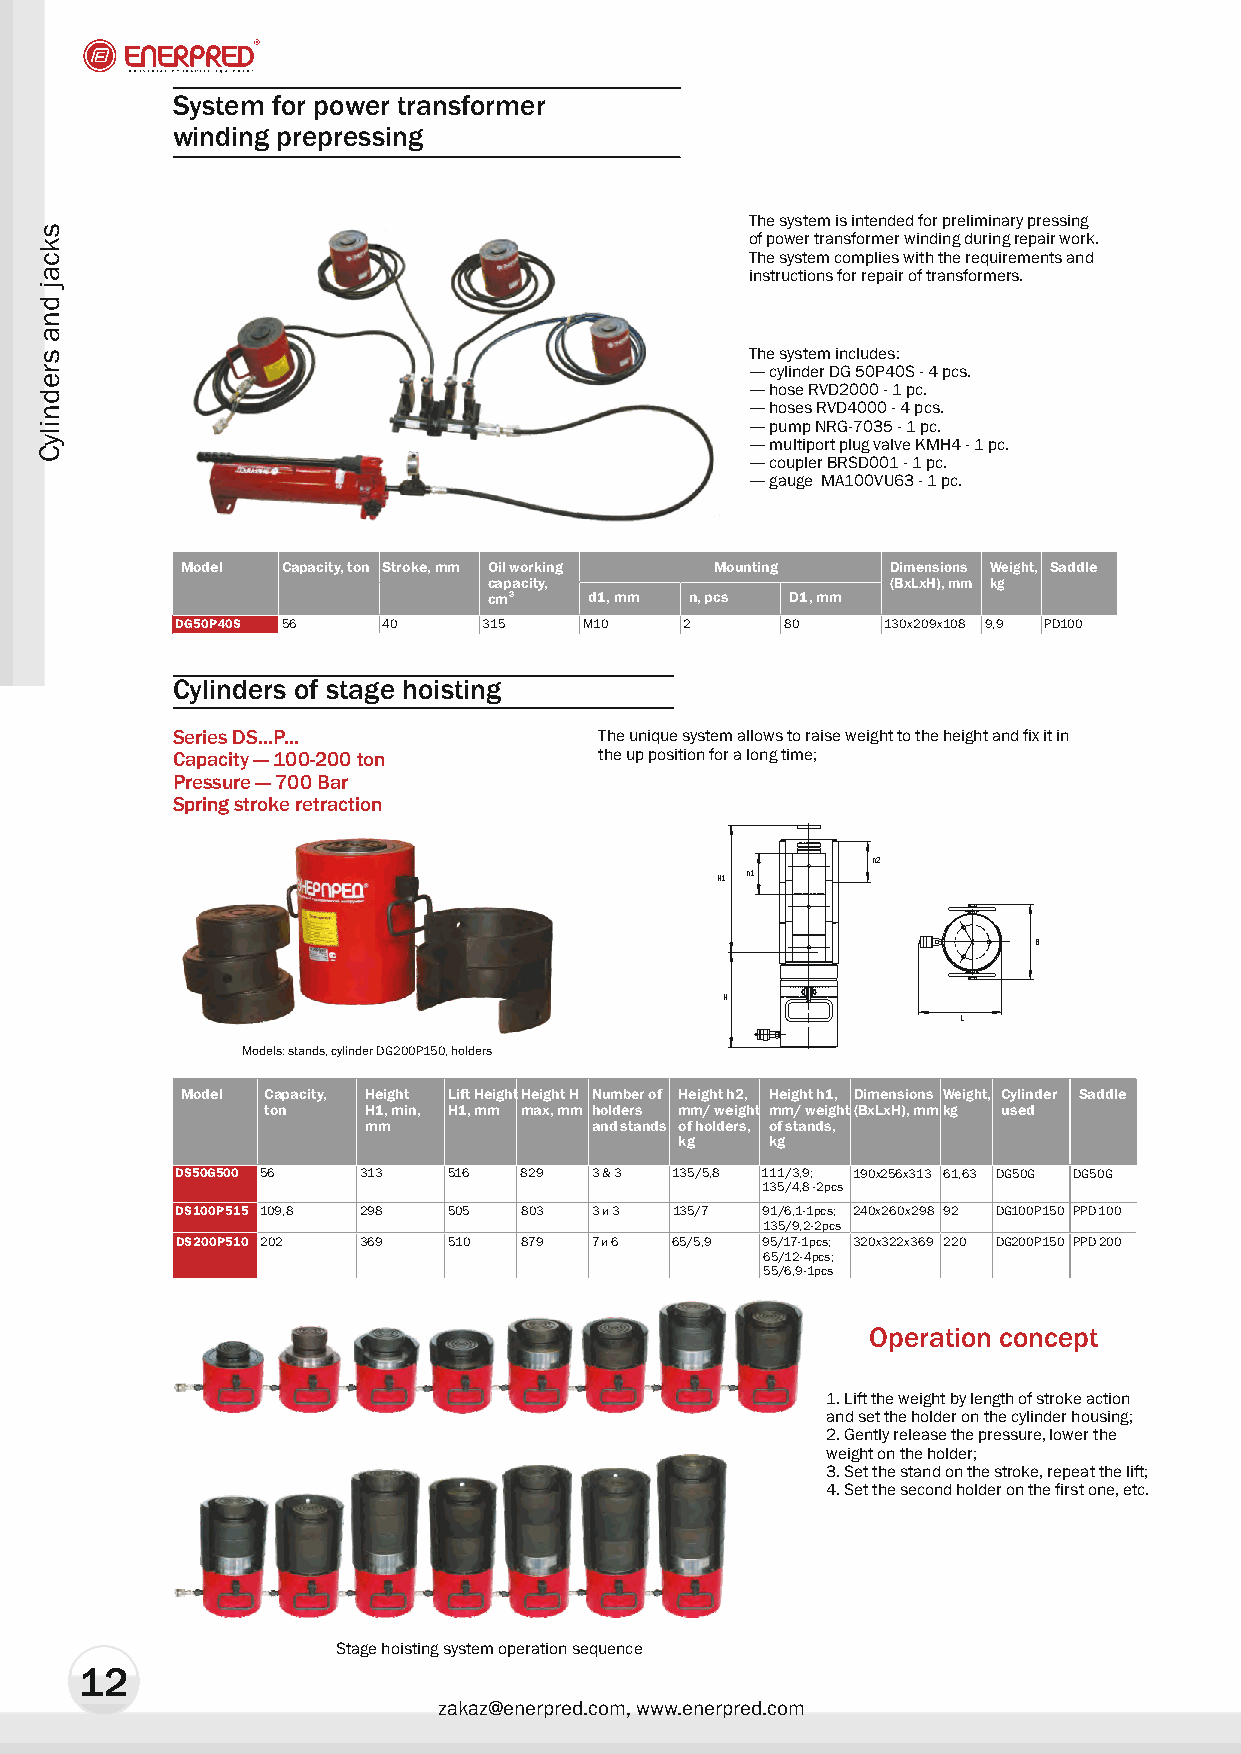
System for power transformer
 winding prepressing
 The system is intended for preliminary pressing
 of power transformer winding during repair work.
 The system complies with the requirements and
 instructions for repair of transformers.
 The system includes:
 — cylinder DG 50P40S - 4 pcs.
 — hose RVD2000 - 1 pc.
 — hoses RVD4000 - 4 pcs.
 — pump NRG-7035 - 1 pc.
 — multiport plug valve KMH4 - 1 pc.
 — coupler BRSD001 - 1 pc.
 — gauge ÌÀ100VU63 - 1 pc.
 Model  Capacity, ton Stroke, mm Oil work ing Mounting Dimensions Weight , Sadd le
 cap acity,                 (BxLxH), mm kg
 cm 3   d1, mm n, pcs D1, mm
 DG50P40S 56  40     315    Ì10   2      80     130õ209õ108 9,9 PD100
 Cylinders of stage hoisting
 Series DS...P...             The unique system allows to raise weight to the height and fix it in
 Capacity — 100-200 ton       the up position for a long time;
 Pressure — 700 Bar
 Spring stroke retraction
 h2
 H1 h1
 B
 H
 L
 Models: stands, cylinder DG200P150, holders
 Model Capacity, Height Lift Height Height Í Number of Height h2, Height h1, Dimensions Weight, Cylinder Saddl e
 ton    H1, min, H1, mm max, mm holders mm/ weight mm/ weight(BõLõH), mmkg used
 mm             and stands of holders, îf stands,
 kg    kg
 DS50G500 56 313   516 829  3 & 3 135/5,8 111/3,9; 190x256x313 61,63 DG50G DG50G
 135/4,8 -2pcs
 DS100P515 109,8 298 505 803 3 è 3 135/7 91/6,1-1pcs; 240õ260õ298 92 DG100P150 PPD100
 135/9,2-2pcs
 DS200P510 202 369 510  879 7 è 6 65/5,9 95/17-1pcs; 320õ322õ369 220 DG200P150 PPD200
 65/12-4pcs;
 55/6,9-1pcs
 Operation concept
 1. Lift the weight by length of stroke action
 and set the holder on the cylinder housing;
 2. Gently release the pressure, lower the
 weight on the holder;
 3. Set the stand on the stroke, repeat the lift;
 4. Set the second holder on the first one, etc.
 Stage hoisting system operation sequence
 12
 zakaz@enerpred.com, www.enerpred.com
 skcaj
 dna
 srednilyC